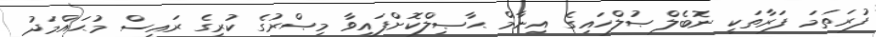
ފުރަތަމަ ފަރާތަކީ ނޮބެލް ޞުލްހައިގެ އިނާމް ޙާޞިލްކޮށްފައިވާ މިޞްރުގެ ކުރީގެ ރައީސް މުޙައްމަދު